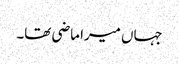
جہاں میرا ماضی تھا۔